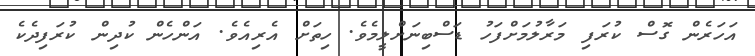
އަހަރެން ގޮސް ކުރަފި މަރާލުމަށްފަހު ޑަސްބިނަށްލީމެވެ. ހިތަށް އެރިއެވެ. އަންހެން ކުދިން ކުރަފިދެކެ